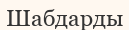
Шабдарды